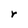
Character: r